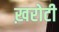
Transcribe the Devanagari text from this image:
ख़रोटी